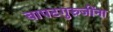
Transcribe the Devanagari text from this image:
बापटगुरुजींना